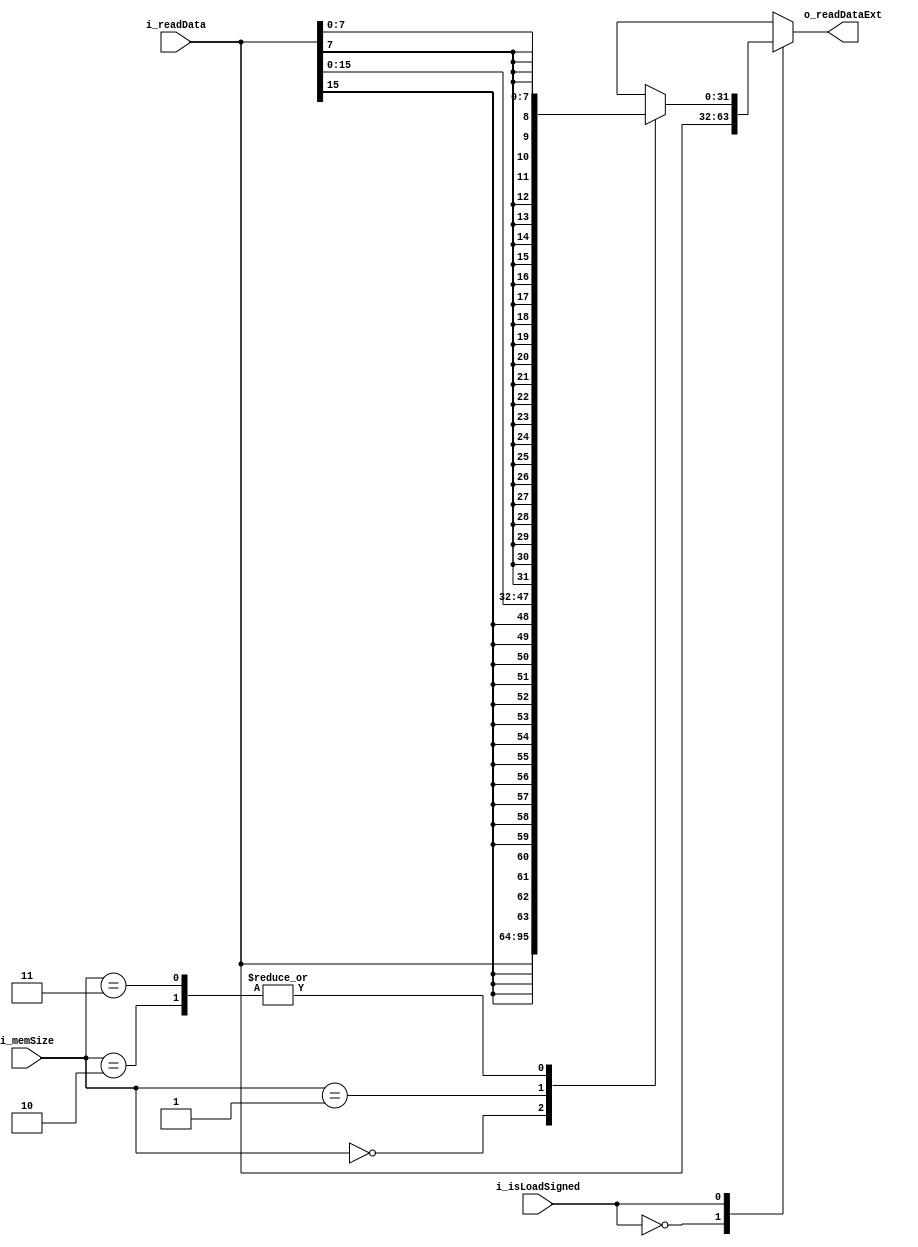
module readDataExtend(
  input i_isLoadSigned,
  input [1:0] i_memSize,
  input [31:0] i_readData,

  output [31:0] o_readDataExt
);

  assign o_readDataExt = extend(i_isLoadSigned, i_memSize, i_readData);

  function [31:0] extend(
    input i_isLoadSigned,
    input [1:0] i_memSize,
    input [31:0] i_readData
  );

    case (i_isLoadSigned)
      1'b0:      extend = i_readData;  // load unsigned
      1'b1:                            // load signed
        case (i_memSize)
          2'b00: extend = i_readData;                                 // word
          2'b01: extend = { {16{i_readData[15]}}, i_readData[15:0] }; // half-w
          2'b10: extend = { {24{i_readData[7]}}, i_readData[7:0] };   // byte
          2'b11: extend = { {24{i_readData[7]}}, i_readData[7:0] };   // byte
          default: extend = i_readData;
        endcase
      default: extend = {32{1'bx}};
    endcase
  endfunction

endmodule